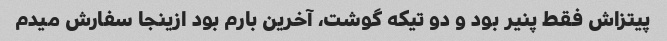
پیتزاش فقط پنیر بود و دو تیکه گوشت، آخرین بارم بود ازینجا سفارش میدم